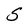
Character: S